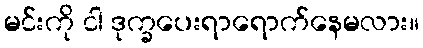
မင်းကို ငါ ဒုက္ခပေးရာရောက်နေမလား။